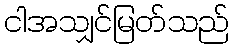
ငါအသျှင်မြတ်သည်